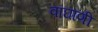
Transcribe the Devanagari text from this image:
वाघाणी